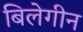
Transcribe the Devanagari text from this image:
बिलेगीन